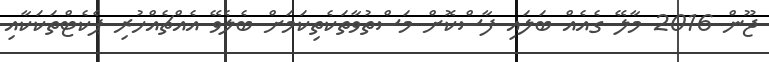
ޖޫން 2016 މާލޭ ގެއެއް ބަލައި ފާސްކޮށް މަސްތުވާތަކެތިކަމަށް ބެލެވޭ އެއްޗެއްހުރި ޕެކެޓްތަކަކާއި